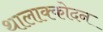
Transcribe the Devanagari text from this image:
थालाक्कोदन